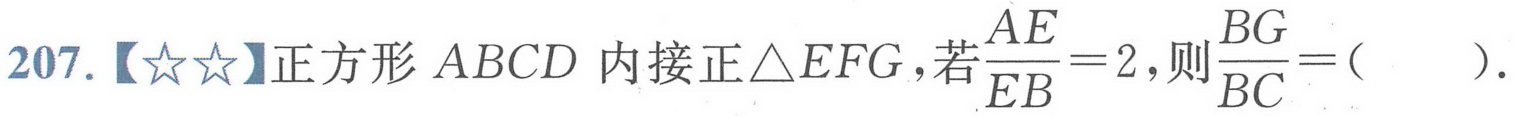
207.【☆☆】正方形\(ABCD\)内接正\(\triangle EFG\)，若\(\dfrac{AE}{EB}=2\)，则\(\dfrac{BG}{BC}=(\ \ \ \ \ )\).